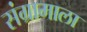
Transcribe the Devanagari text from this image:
संग्रामाला